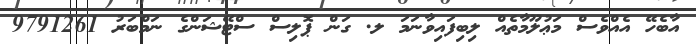
އާބެހޭ އެއްވެސް މަޢުލޫމާތެއް ލިބިފައިވާނަމަ ލ. ގަން ޕޮލިސް ސްޓޭޝަންގެ ނަމްބަރު 9791261